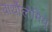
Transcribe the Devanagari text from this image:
बार्थोलोमियू